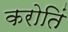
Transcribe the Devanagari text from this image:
करोतिं